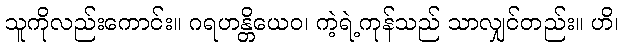
သူကိုလည်းကောင်း။ ဂရဟန္တိယေဝ၊ ကဲ့ရဲ့ကုန်သည် သာလျှင်တည်း။ ဟိ၊